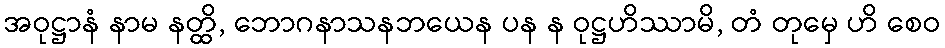
အဝုဋ္ဌာနံ နာမ နတ္ထိ, ဘောဂနာသနဘယေန ပန န ဝုဋ္ဌဟိဿာမိ, တံ တုမှေ ဟိ စေဝ